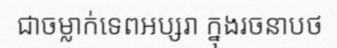
ជាចម្លាក់ទេពអប្សរា ក្នុងរចនាបថ